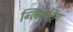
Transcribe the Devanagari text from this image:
ब्लिसट्रिंग